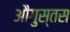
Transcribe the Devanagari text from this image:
औगुस्तस